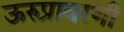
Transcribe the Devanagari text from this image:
ऊरुप्रावरणी